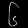
Digit: ၆